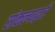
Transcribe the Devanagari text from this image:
संकल्पाद्वारे